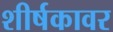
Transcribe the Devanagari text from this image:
शीर्षकावर